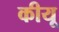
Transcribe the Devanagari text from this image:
कीयू